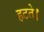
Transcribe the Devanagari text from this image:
हटते।